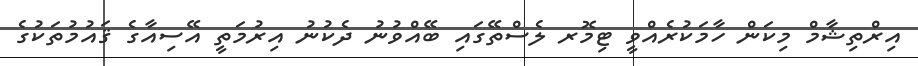
އިރްތިޝާމް މިކަން ހާމަކުރެއްވީ ޓިމޮރ ލެސްތޭގައި ބޭއްވުނު ދެކުނު އިރުމަތީ އޭސިއާގެ ޤައުމުތަކުގެ